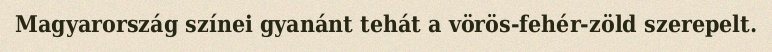
Magyarország színei gyanánt tehát a vörös-fehér-zöld szerepelt.